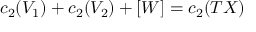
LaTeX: c _ { 2 } ( V _ { 1 } ) + c _ { 2 } ( V _ { 2 } ) + [ W ] = c _ { 2 } ( T X )